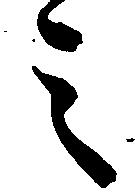
之